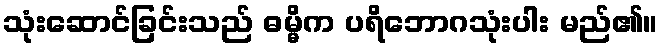
သုံးဆောင်ခြင်းသည် ဓမ္မိက ပရိဘောဂသုံးပါး မည်၏။